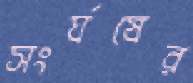
সংর্ঘষের